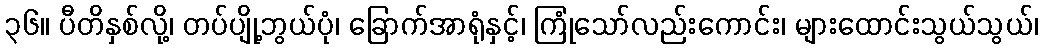
၃၆။ ပီတိနှစ်လို့၊ တပ်ပျို့ဘွယ်ပုံ၊ ခြောက်အာရုံနှင့်၊ ကြုံသော်လည်းကောင်း၊ များထောင်းသွယ်သွယ်၊